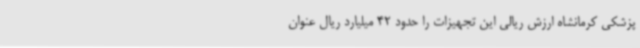
پزشکی کرمانشاه ارزش ریالی این تجهیزات را حدود 42 میلیارد ریال عنوان